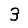
Digit: 3